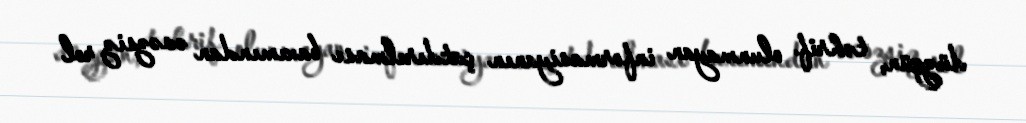
düzgün, təhrif olunmayan informasiyanın çatdırılması baxımından əvəzsiz rol